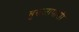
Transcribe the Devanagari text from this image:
बुरुजापाशी